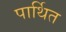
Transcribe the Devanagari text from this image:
पार्थित